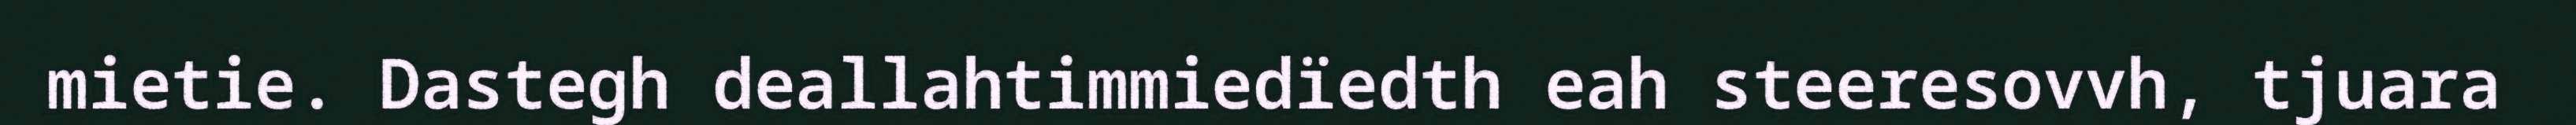
mietie. Dastegh deallahtimmiedïedth eah steeresovvh, tjuara